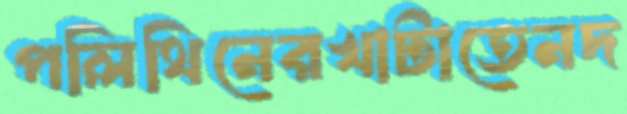
পলিথিনেরখাটাতেনদ